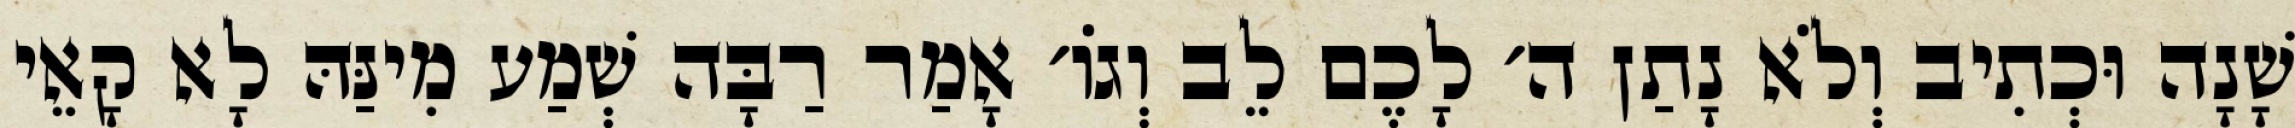
שָׁנָה וּכְתִיב וְלֹא נָתַן ה׳ לָכֶם לֵב וְגוֹ׳ אָמַר רַבָּה שְׁמַע מִינַּהּ לָא קָאֵי